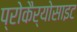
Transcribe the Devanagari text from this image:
प्रोकैर्योसाइट